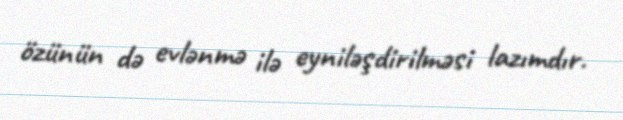
özünün də evlənmə ilə eyniləşdirilməsi lazımdır.